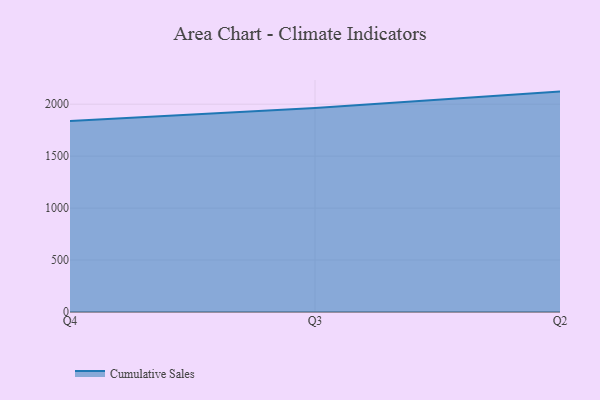
{"axis": {"x": "Quarter", "y": "Website Visitors"}, "legend": ["Cumulative Sales"], "data": [{"x": "Q4", "y": 1837.2, "type": "Cumulative Sales"}, {"x": "Q3", "y": 1963.4, "type": "Cumulative Sales"}, {"x": "Q2", "y": 2121.0, "type": "Cumulative Sales"}]}